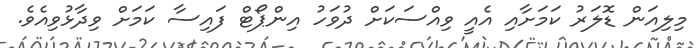
މިލިއަން ޑޮލަރު ކަމަށާއި އެއީ ވިއްސަކަށް ދުވަހު އިންޕޯޓް ފައިސާ ކަމަށް ވިދާޅުވިއެވެ.